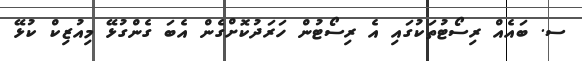
ސ. ބައެއް ރިސޯޓުތަކުގައި އެ ރިސޯޓުން ހަރަދުކޮށްގެން އެބަ ގެންގުޅޭ މިއުޒިކް ކުޅޭ